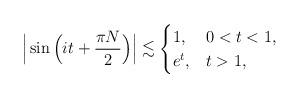
LaTeX: \begin{align*} \Big|\sin \Big(it +\frac{\pi N}{2}\Big)\Big| \lesssim \begin{cases} 1, & 0<t<1,\\ e^t, & t>1, \end{cases}\end{align*}